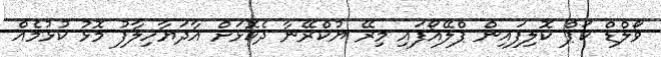
ވޯލްޑް ކަޕް ކޮލިފައިން ޕްލޭއޯފައި މިރޭ ޔުކްރޭނާ ދެކޮޅަށް އާދަޔާހިލާފު މޮޅު ކުޅުމެއް